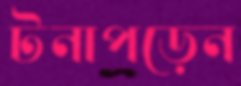
টনাপড়েন